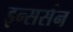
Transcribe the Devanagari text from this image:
इन्सर्सन